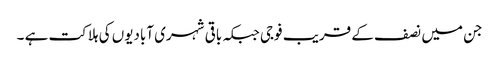
جن میں نصف کے قریب فوجی جبکہ باقی شہری آبادیوں کی ہلاکت ہے ۔